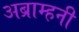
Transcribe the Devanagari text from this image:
अब्राम्हनी